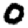
Digit: 0